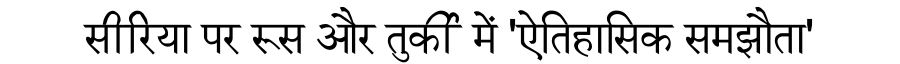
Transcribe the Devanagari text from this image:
सीरिया पर रूस और तुर्की में 'ऐतिहासिक समझौता'